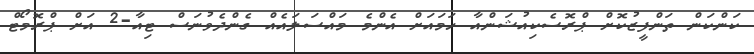
ކަންކަން ތަންފީޒުކޮށް ޕްރޮސެކިއުޝަންއާ ހަމައަށް އެންމެ މައްސަލައެއް ގެންދެވުނަސް ޓިއާ-2 އަށް ޕްރޮމޯޓް